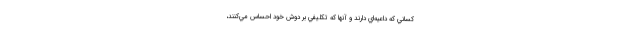
كساني كه داعيه‌اي دارند و آنها كه تكليفي بر دوش خود احساس مي‌كنند،